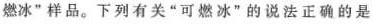
燃冰”样品。下列有关”可燃冰”的说法正确的是